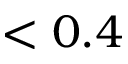
< 0 . 4